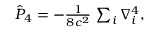
\begin{array} { r } { \hat { P } _ { 4 } = - \frac { 1 } { 8 c ^ { 2 } } \, \sum _ { i } \nabla _ { i } ^ { 4 } , } \end{array}